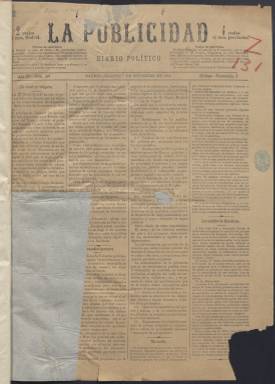
Título: La Publicidad (Madrid. 1883)
Colección: Periódicos
Ámbito geográfico: Madrid
Lugar de publicación: Madrid
Fechas: 07/09/1886-31/12/1927

El original presenta múltiples errores de numeración y de impresión.